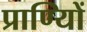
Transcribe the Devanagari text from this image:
प्राण्यिों